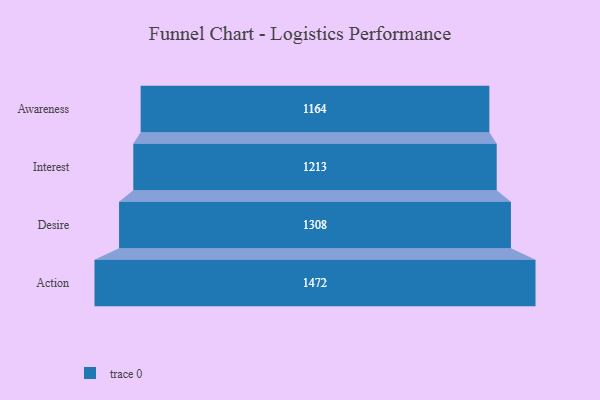
{"axis": {"x": "Stage", "y": "Value"}, "legend": [""], "data": [{"x": "Awareness", "y": 1164.0, "type": ""}, {"x": "Interest", "y": 1213.0, "type": ""}, {"x": "Desire", "y": 1308.0, "type": ""}, {"x": "Action", "y": 1472.0, "type": ""}]}